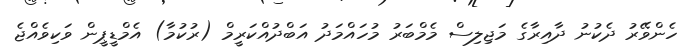
ހެންވޭރު ދެކުނު ދާއިރާގެ މަޖިލިސް މެމްބަރު މުހައްމަދު އަބްދުއްކަރީމް (ރުކުމާ) އެމްޑީޕީން ވަކިވެއްޖެ